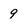
Character: 9